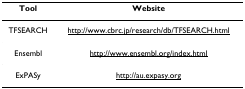
<table><thead><tr><td><b>Tool</b></td><td><b>Website</b></td></tr></thead><tbody><tr><td>TFSEARCH</td><td>http://www.cbrc.jp/research/db/TFSEARCH.html</td></tr><tr><td>Ensembl</td><td>http://www.ensembl.org/index.html</td></tr><tr><td>ExPASy</td><td>http://au.expasy.org</td></tr></tbody></table>